Scottish Leaving Certificate Examination, 1951
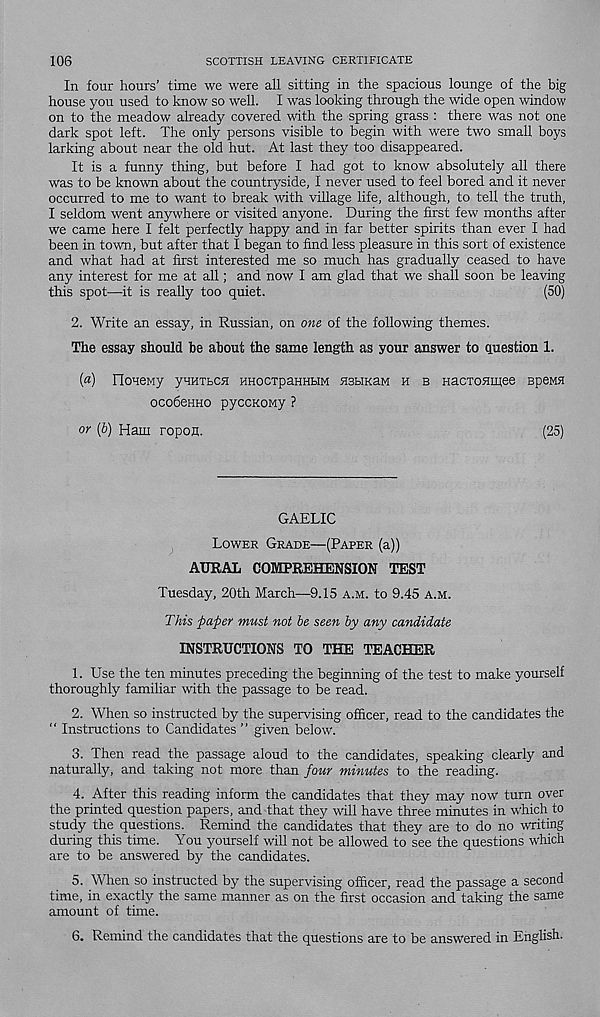
106
SCOTTISH LEAVING CERTIFICATE
In four hours’ time we were all sitting in the spacious lounge of the big
house you used to know so well. I was looking through the wide open window
on to the meadow already covered with the spring grass : there was not one
dark spot left. The only persons visible to begin with were two small boys
larking about near the old hut. At last they too disappeared.
It is a funny thing, but before I had got to know absolutely all there
was to be known about the countryside, I never used to feel bored and it never
occurred to me to want to break with village life, although, to tell the truth,
I seldom went anywhere or visited anyone. During the first few months after
we came here I felt perfectly happy and in far better spirits than ever I had
been in town, but after that I began to find less pleasure in this sort of existence
and what had at first interested me so much has gradually ceased to have
any interest for me at all; and now I am glad that we shall soon be leaving
this spot—it is really too quiet.
(50)
2. Write an essay, in Russian, on one of the following themes.
The essay should he about the same length as your answer to question 1.
(a) IIoHeMy ynuTbcn HHocxpaiiHHM hshksm h b Hacronmee speMH
ocobeHHO pyccKowy ?
or [b) Ham ropon.
(25)
GAELIC
Lower Grade—(Paper (a))
AURAL COMPREHENSION TEST
Tuesday, 20th March—9.15 a.m. to 9.45 a.m.
This paper must not be seen by any candidate
INSTRUCTIONS TO THE TEACHER
1. Use the ten minutes preceding the beginning of the test to make yourself
thoroughly familiar with the passage to be read.
2. When so instructed by the supervising officer, read to the candidates the
“ Instructions to Candidates ” given below.
3. Then read the passage aloud to the candidates, speaking clearly and
naturally, and taking not more than four minutes to the reading.
4. After this reading inform the candidates that they may now turn over
the printed question papers, and that they will have three minutes in which to
study the questions. Remind the candidates that they are to do no writing
during this time. You yourself will not be allowed to see the questions which
are to be answered by the candidates.
5. When so instructed by the supervising officer, read the passage a second
time, in exactly the same manner as on the first occasion and taking the same
amount of time.
6. Remind the candidates that the questions are to be answered in English.